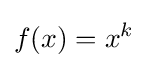
f(x)=x^{k}